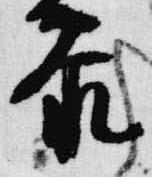
参